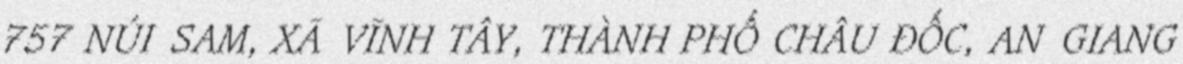
757 NÚI SAM, XÃ VĨNH TÂY, THÀNH PHỐ CHÂU ĐỐC, AN GIANG